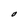
Character: O